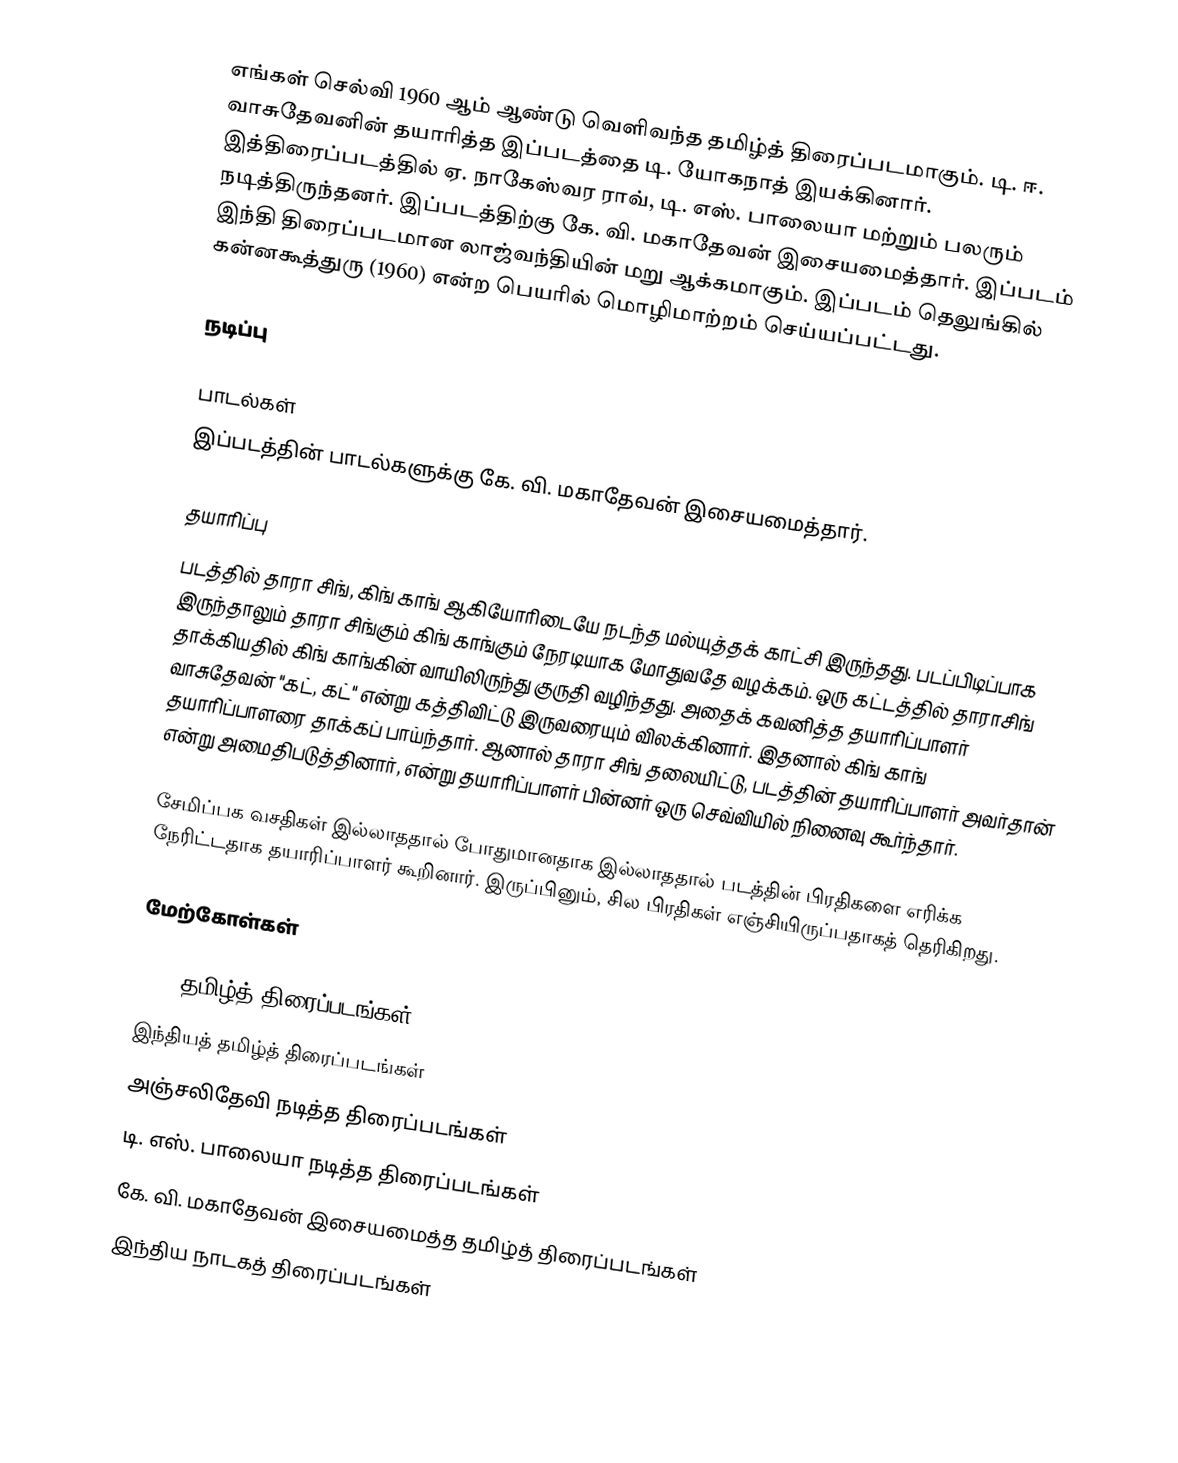
எங்கள் செல்வி 1960 ஆம் ஆண்டு வெளிவந்த தமிழ்த் திரைப்படமாகும்.  டி. ஈ. வாசுதேவனின் தயாரித்த இப்படத்தை டி. யோகநாத் இயக்கினார். இத்திரைப்படத்தில் ஏ. நாகேஸ்வர ராவ், டி. எஸ். பாலையா மற்றும் பலரும் நடித்திருந்தனர். இப்படத்திற்கு கே. வி. மகாதேவன் இசையமைத்தார். இப்படம் இந்தி திரைப்படமான லாஜ்வந்தியின் மறு ஆக்கமாகும். இப்படம் தெலுங்கில் கன்னகூத்துரு (1960) என்ற பெயரில் மொழிமாற்றம் செய்யப்பட்டது.

நடிப்பு

பாடல்கள்
இப்படத்தின் பாடல்களுக்கு கே. வி. மகாதேவன் இசையமைத்தார்.

தயாரிப்பு
படத்தில் தாரா சிங், கிங் காங் ஆகியோரிடையே நடந்த மல்யுத்தக் காட்சி இருந்தது. படப்பிடிப்பாக இருந்தாலும் தாரா சிங்கும் கிங் காங்கும் நேரடியாக மோதுவதே வழக்கம். ஒரு கட்டத்தில் தாராசிங் தாக்கியதில் கிங் காங்கின் வாயிலிருந்து குருதி வழிந்தது. அதைக் கவனித்த தயாரிப்பாளர் வாசுதேவன் "கட், கட்" என்று கத்திவிட்டு இருவரையும் விலக்கினார். இதனால் கிங் காங் தயாரிப்பாளரை தாக்கப் பாய்ந்தார். ஆனால் தாரா சிங் தலையிட்டு, படத்தின் தயாரிப்பாளர் அவர்தான் என்று அமைதிபடுத்தினார், என்று தயாரிப்பாளர் பின்னர் ஒரு செவ்வியில் நினைவு கூர்ந்தார்.

சேமிப்பக வசதிகள் இல்லாததால் போதுமானதாக இல்லாததால் படத்தின் பிரதிகளை எரிக்க நேரிட்டதாக தயாரிப்பாளர் கூறினார். இருப்பினும், சில பிரதிகள் எஞ்சியிருப்பதாகத் தெரிகிறது.

மேற்கோள்கள்

1960 தமிழ்த் திரைப்படங்கள்
இந்தியத் தமிழ்த் திரைப்படங்கள்
அஞ்சலிதேவி நடித்த திரைப்படங்கள்
டி. எஸ். பாலையா நடித்த திரைப்படங்கள்
கே. வி. மகாதேவன் இசையமைத்த தமிழ்த் திரைப்படங்கள்
இந்திய நாடகத் திரைப்படங்கள்